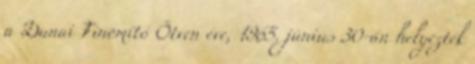
a Dunai Finomító Ötven éve, 1965. június 30-án helyezték